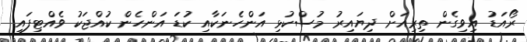
ރޯއަޑު އިވިގެން ތިރިއަށް ދިޔައިރު މުސްކުޅި އަންހެނަކާއި ކުޑަ އަންހެން ކުއްޖަކު ވެއްޓިފައި